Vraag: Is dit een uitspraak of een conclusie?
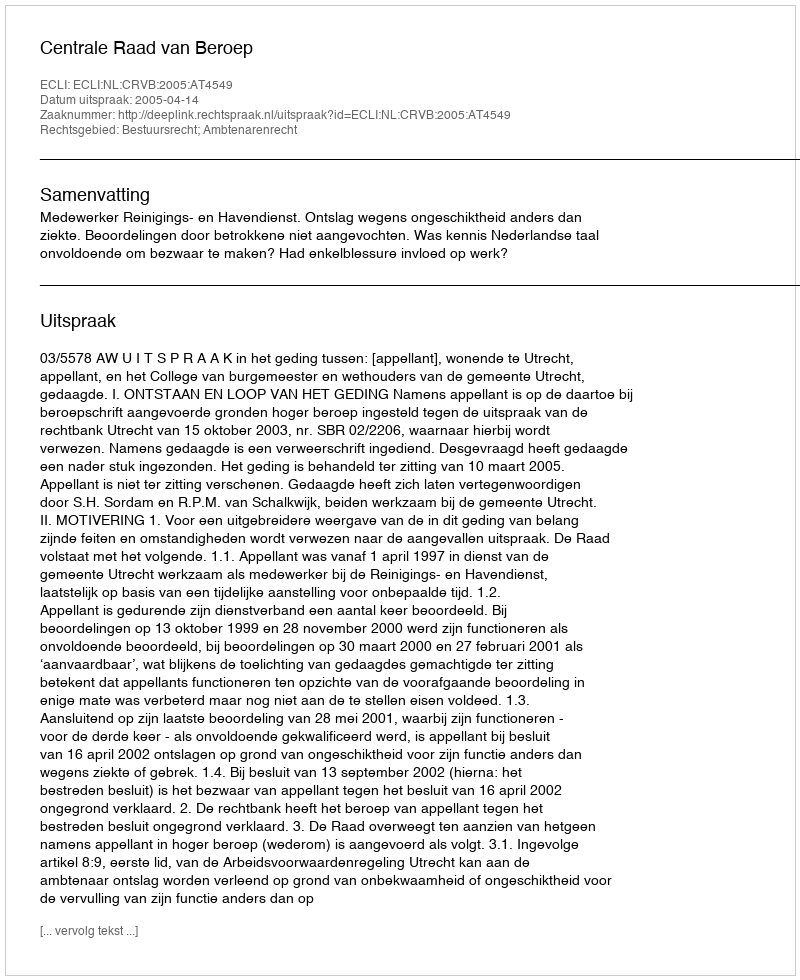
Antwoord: Uitspraak